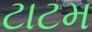
ટાટમ